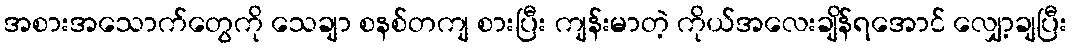
အစားအသောက်တွေကို သေချာ စနစ်တကျ စားပြီး ကျန်းမာတဲ့ ကိုယ်အလေးချိန်ရအောင် လျှော့ချပြီး